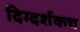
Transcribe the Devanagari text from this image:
दिग्दर्शकच